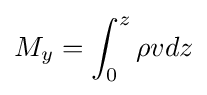
M_{y}=\int _{0}^{z}\rho vdz